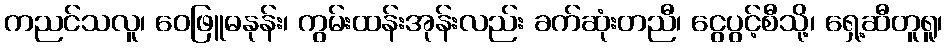
ကညင်သလူ၊ ဝေဖြူဓနုန်း၊ ကွမ်းထန်းအုန်းလည်း ခက်ဆုံးတညီ၊ ငွေပွင့်စီသို့၊ ရှေ့ဆီတူရူ၊